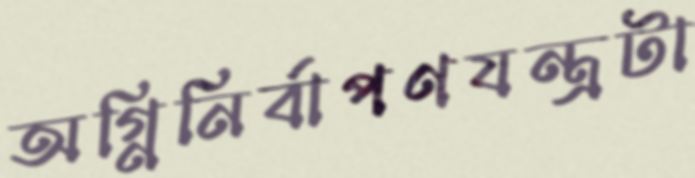
অগ্নিনির্বাপণযন্ত্রটা